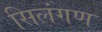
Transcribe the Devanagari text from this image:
सिलंगण